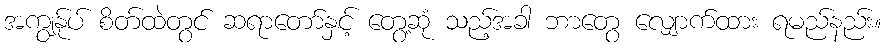
အကျွန်ုပ် စိတ်ထဲတွင် ဆရာတော်နှင့် တွေ့ဆုံ သည့်အခါ ဘာတွေ လျှောက်ထား ရမည်နည်း။